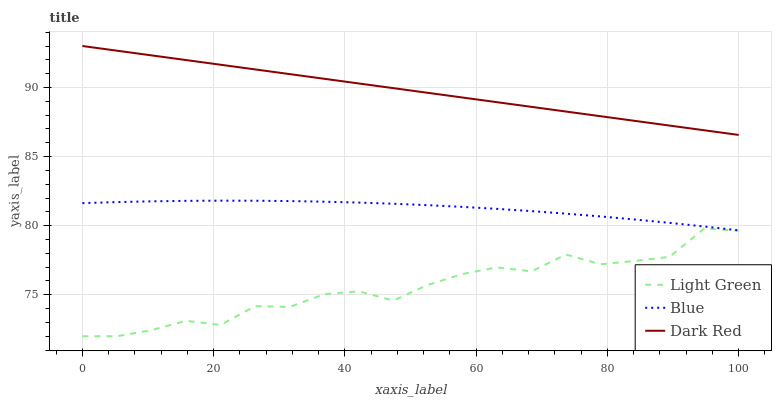
| xaxis_label | Light Green | Blue | Dark Red |
 | --- | --- | --- | --- |
 | 0 | 72 | 81.6 | 93 |
 | 5.26 | 72 | 81.7 | 92.7 |
 | 10.5 | 72.4 | 81.8 | 92.3 |
 | 15.8 | 73.1 | 81.8 | 92 |
 | 21.1 | 72.8 | 81.8 | 91.6 |
 | 26.3 | 74.2 | 81.8 | 91.3 |
 | 31.6 | 74.1 | 81.8 | 91 |
 | 36.8 | 75 | 81.7 | 90.6 |
 | 42.1 | 75.3 | 81.7 | 90.3 |
 | 47.4 | 74.6 | 81.6 | 90 |
 | 52.6 | 75.7 | 81.5 | 89.6 |
 | 57.9 | 76.5 | 81.4 | 89.3 |
 | 63.2 | 77 | 81.2 | 88.9 |
 | 68.4 | 76.7 | 81.1 | 88.6 |
 | 73.7 | 77.9 | 80.9 | 88.3 |
 | 78.9 | 77.2 | 80.7 | 87.9 |
 | 84.2 | 77.5 | 80.4 | 87.6 |
 | 89.5 | 77.7 | 80.2 | 87.2 |
 | 94.7 | 79.8 | 79.9 | 86.9 |
 | 100 | 79.6 | 79.7 | 86.6 |